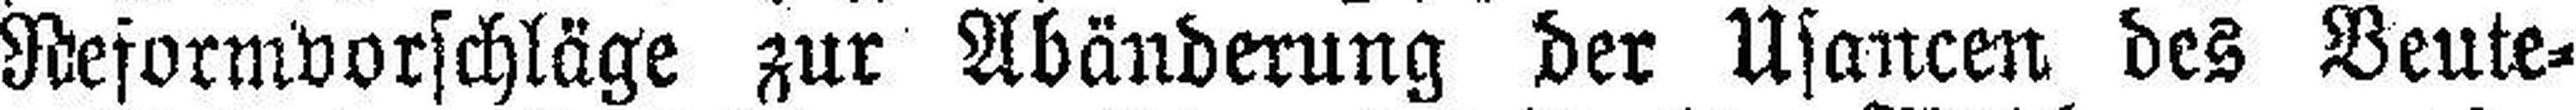
Reformvorschläge zur Abänderung der Usancen des Beute¬